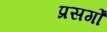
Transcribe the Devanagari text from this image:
प्रसर्गों